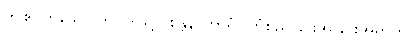
ဤဧဝဟူသော ဤပုဒ်ဖြင့်။ စိန္တနာကာရံ၊ ကြံစည်ခြင်းအခြင်းအရာကို။